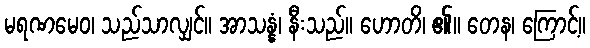
မရဏမေဝ၊ သည်သာလျှင်။ အာသန္နံ၊ နီးသည်။ ဟောတိ၊ ၏။ တေန၊ ကြောင့်။